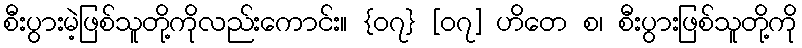
စီးပွားမဲ့ဖြစ်သူတို့ကိုလည်းကောင်း။ {၀၇} [၀၇] ဟိတေ စ၊ စီးပွားဖြစ်သူတို့ကို